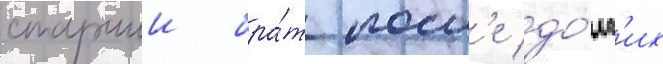
старшии бра́т посл'е до́лг'их